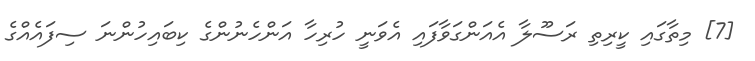
[7] މިތާގައި ކީރިތި ރަސޫލާ އެއަންގަވާފައި އެވަނީ ހުރިހާ އަންހެނުންގެ ކިބައިހުންނަ ސިފައެއްގެ